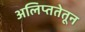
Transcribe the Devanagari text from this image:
अलिप्ततेतून